Madras plague regulations and rules - Volume 1
Disease focus: Plague
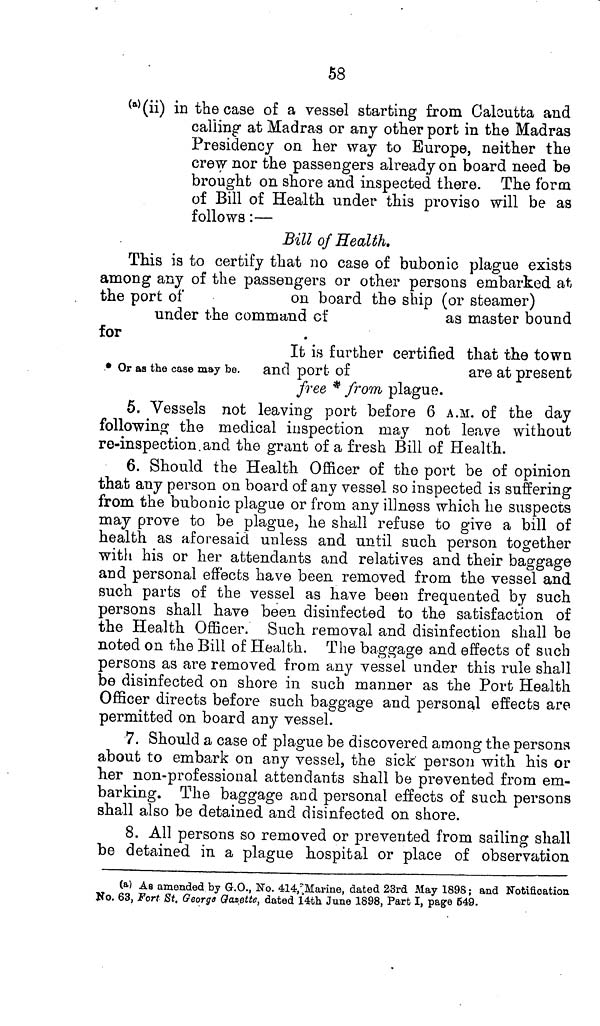
58
(a) (ii) in the case of a vessel starting from Calcutta and
calling at Madras or any other port in the Madras
Presidency on her way to Europe, neither the
crew nor the passengers already on board need be
brought on shore and inspected there. The form
of Bill of Health under this proviso will be as
follows :—
Bill of Health.
This is to certify that no case of bubonic plague exists
among any of the passengers or other persons embarked at
the port of
on board the ship (or steamer)
under the command
of
as master bound
for
* Or as the case may be.
It is further certified that the town
and port of
are at present
free * from plague.
5. Vessels not leaving port before 6 A.M. of the day
following the medical inspection may not leave without
re-inspection and the grant of a fresh Bill of Health.
6. Should the Health Officer of the port be of opinion
that any person on board of any vessel so inspected is suffering
from the bubonic plague or from any illness which he suspects
may prove to be plague, he shall refuse to give a bill of
health as aforesaid unless and until such person together
with his or her attendants and relatives and their baggage
and personal effects have been removed from the vessel and
such parts of the vessel as have been frequented by such
persons shall have been disinfected to the satisfaction of
the Health Officer. Such removal and disinfection shall be
noted on the Bill of Health. The baggage and effects of such
persons as are removed from any vessel under this rule shall
be disinfected on shore in such manner as the Port Health
Officer directs before such baggage and personal effects are
permitted on board any vessel.
7. Should a case of plague be discovered among the persons
about to embark on any vessel, the sick person with his or
her non-professional attendants shall be prevented from em-
barking. The baggage and personal effects of such persons
shall also be detained and disinfected on shore.
8. All persons so removed or prevented from sailing shall
be detained in a plague hospital or place of observation
(a) As amended by G.O., No. 414, Marine, dated 23rd May 1898 ; and Notification
No. 63, Fort St. George Gazette, dated 14th June 1898, Part I, page 549.